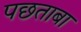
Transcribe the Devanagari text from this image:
पछताबा